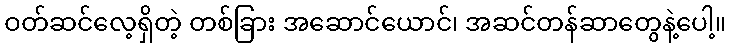
ဝတ်ဆင်လေ့ရှိတဲ့ တစ်ခြား အဆောင်ယောင်၊ အဆင်တန်ဆာတွေနဲ့ပေါ့။